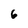
Character: 6